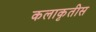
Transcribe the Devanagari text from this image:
कलाकृतीस